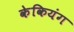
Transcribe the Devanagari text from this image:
केकियंग